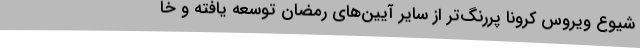
شیوع ویروس کرونا پررنگ‌تر از سایر آیین‌های رمضان توسعه یافته و خا